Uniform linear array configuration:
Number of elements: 64
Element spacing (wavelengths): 1
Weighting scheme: blackman
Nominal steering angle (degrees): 60
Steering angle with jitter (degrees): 59.038
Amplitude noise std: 0.05
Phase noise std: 0.05

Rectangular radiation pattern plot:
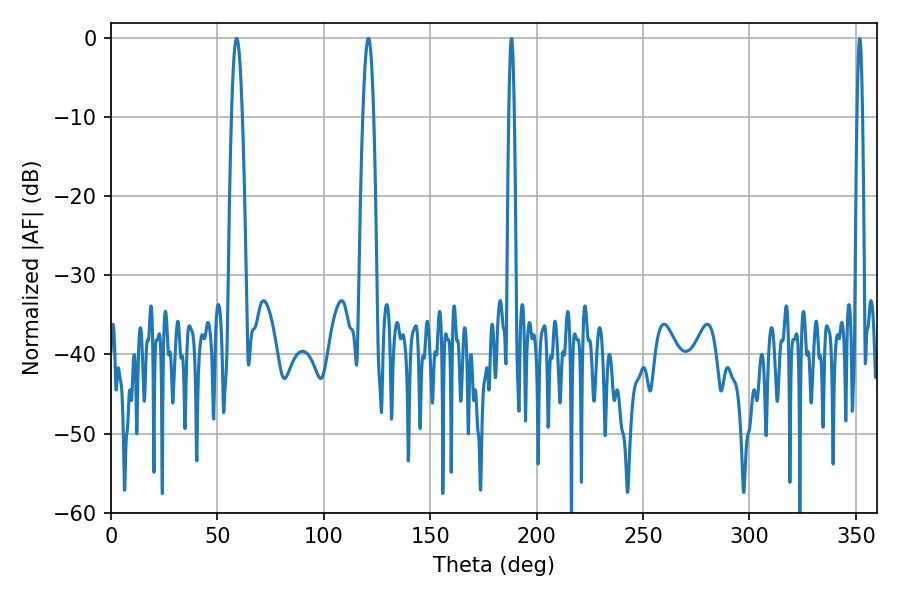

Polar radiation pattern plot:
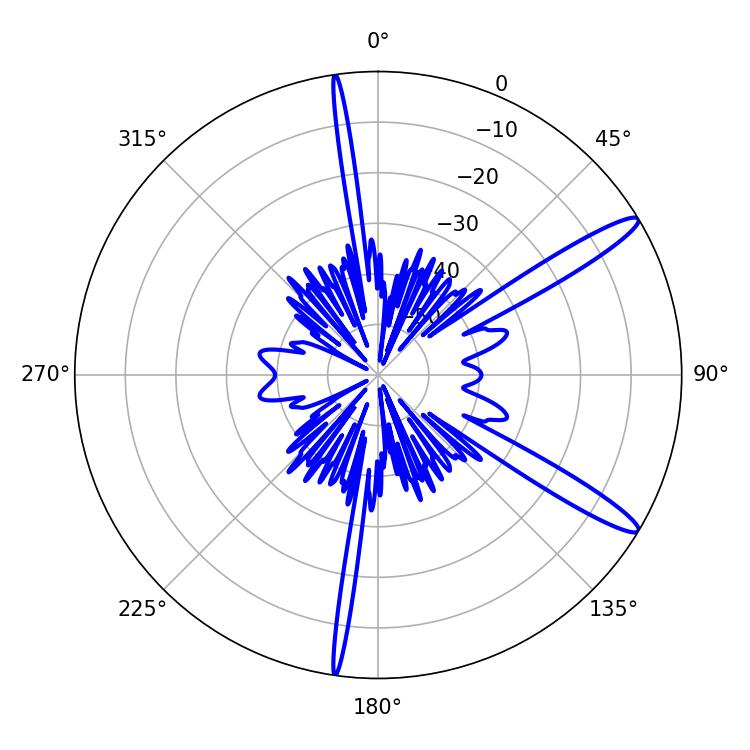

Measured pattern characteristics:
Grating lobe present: TRUE
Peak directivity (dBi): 13.775
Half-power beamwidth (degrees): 2.7
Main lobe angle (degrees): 59.04